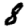
Digit: 8